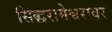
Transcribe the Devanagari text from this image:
सिद्धरामेश्वरावर